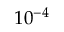
1 0 ^ { - 4 }